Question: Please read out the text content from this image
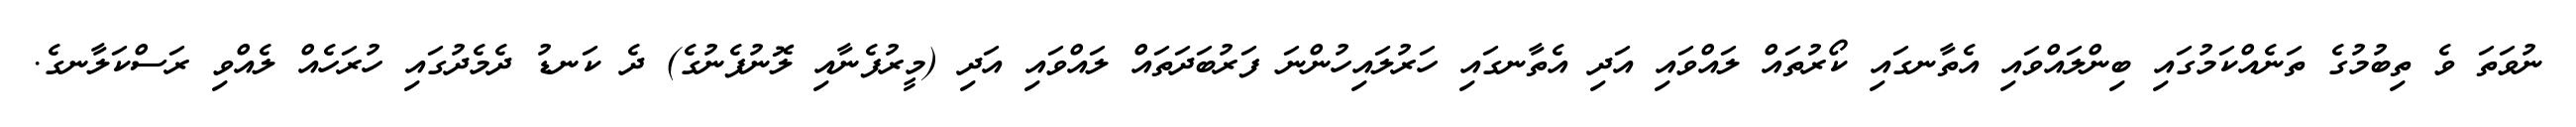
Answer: ނުވަތަ ވެ ތިބުމުގެ ތަނެއްކަމުގައި ބިންލައްވައި އެތާނގައި ކޯރުތައް ލައްވައި އަދި އެތާނގައި ހަރުލައިހުންނަ ފަރުބަދަތައް ލައްވައި އަދި (މީރުފެނާއި ލޮނުފެނުގެ) ދެ ކަނޑު ދެމެދުގައި ހުރަހެއް ލެއްވި ރަސްކަލާނގެ.